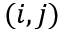
( i , j )